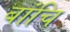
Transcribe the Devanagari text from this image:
बांचि